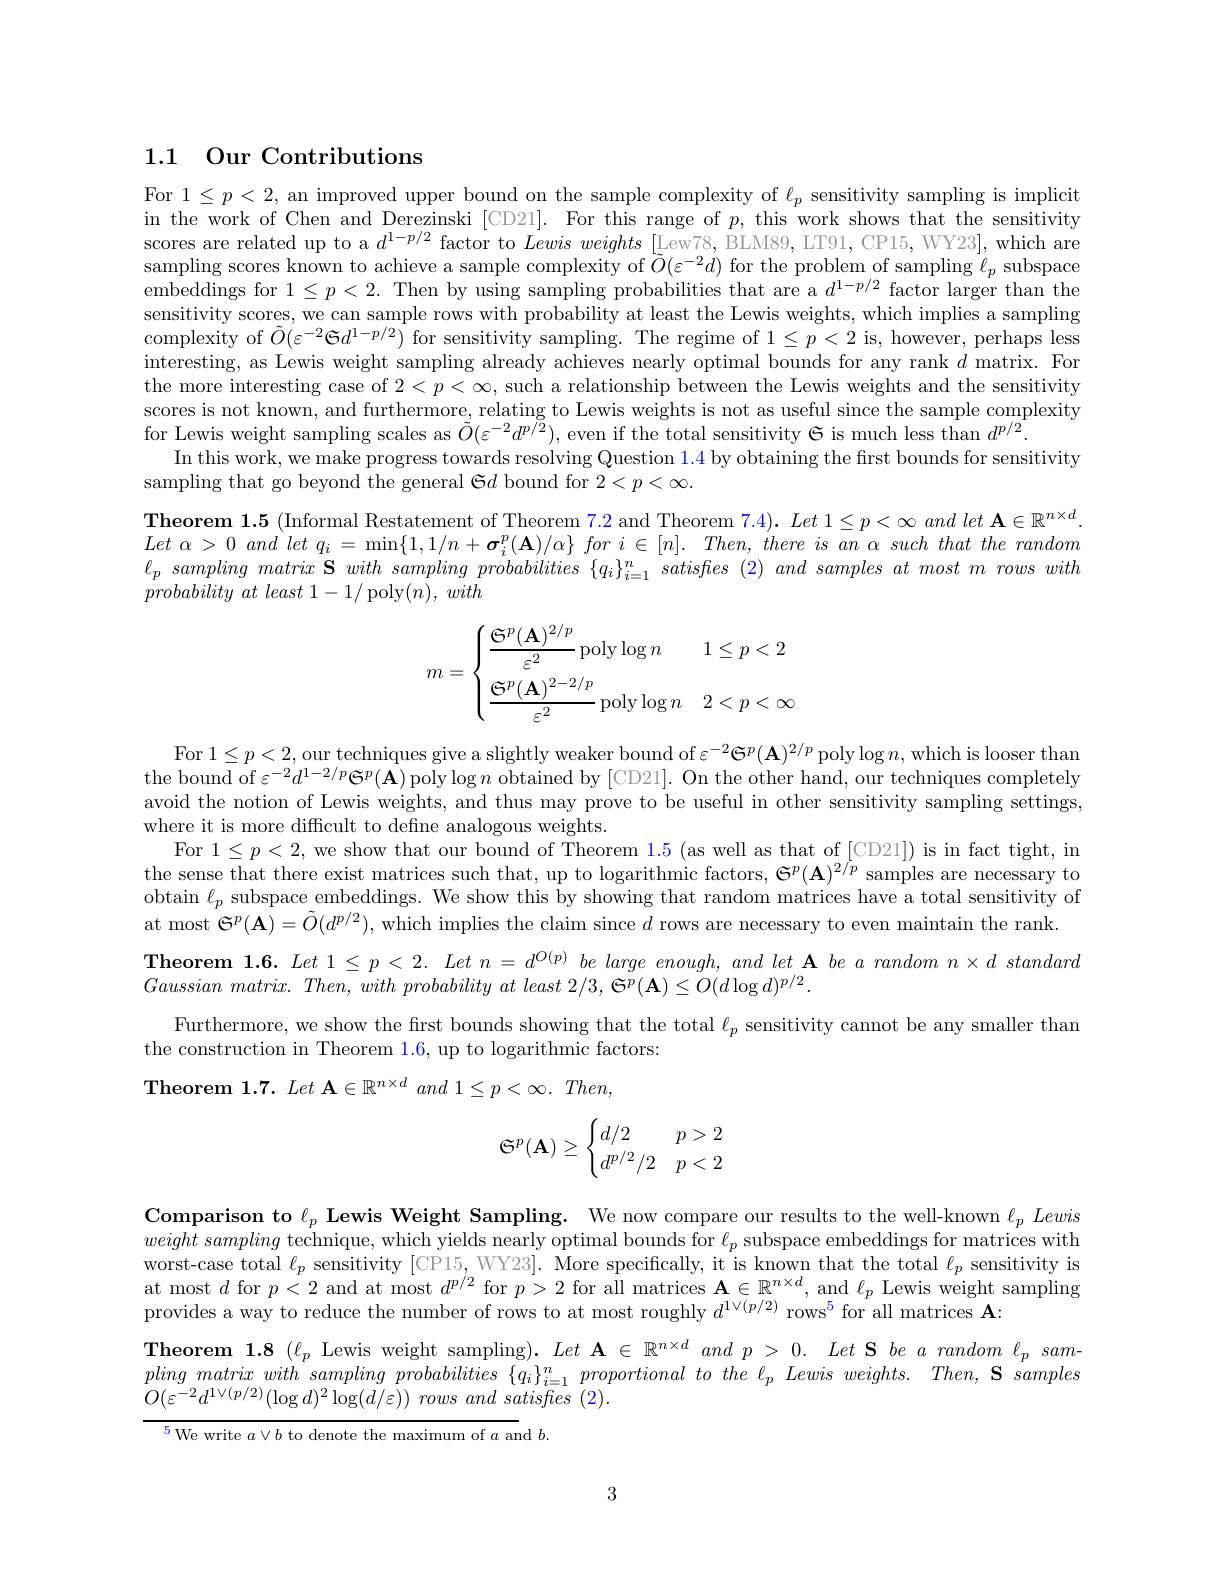
## 1.1 Our Contributions

For $1\leq p<2$, an improved upper bound on the sample complexity of $\ell_p$ sensitivity sampling is implicit in the work of Chen and Derezinski [CD21]. For this range of $p$, this work shows that the sensitivity scores are related up to a $d^{1-p/2}$ factor to Lewisweights [Lew78, BLM89, LT91, CP15, WY23], which are $\begin{aligned}\text{sampling scores known to achieve a sample complexity of }\tilde{O}(\varepsilon^{-2}d)\mathrm{~for~the~problem~of~sampling~}\ell_p\mathrm{~subspace}\end{aligned}$ $\dot{\text{embeddings for }1\leq p<2.\text{ Then by using sampling probabilities that are a }d^{1-p/2}}$ factor larger than the sensitivity scores, we can sample rows with probability at least the Lewis weights, which implies a sampling complexity of $\tilde{O}(\varepsilon^{-2}\mathfrak{G}d^{1-p/2})$ for sensitivity sampling. The regime of $1\leq p<2$ is, however, perhaps less interesting, as Lewis weight sampling already achieves nearly optimal bounds for any rank $d$ matrix. For the more interesting case of $2<p<\infty$, such a relationship between the Lewis weights and the sensitivity scores is not known, and furthermore, relating to Lewis weights is not as useful since the sample complexity for Lewis weight sampling scales as $\tilde{\tilde{O}}(\varepsilon^{-2}d^{p/\bar{2}})$, even if the total sensitivity $\tilde{\Theta}$ is much less than $d^p/2.$
In this work, we make progress towards resolving Question 1.4 by obtaining the frst bounds for sensitivity
sampling that go beyond the general $\mathfrak{G}d$ bound for $2<p<\infty.$
$\textbf{Theorem 1. 5 ( Informal Restatement of Theorem 7. 2 and Theorem 7. 4) . }Let$ $1\leq p< \infty$ and let $\mathbf{A} \in \mathbb{R} ^{n\times d}.$ Let $\alpha > 0$ and let $q_{i}$ = $\min \{ 1, 1/ n+ \boldsymbol{\sigma }_{i}^{p}( \mathbf{A} ) / \alpha \}$ for $i\in [ n] .$ $Then$, there $is$ $an$ $\alpha$ such that the random $\ell _{p}\textit{ sampling matrix S with sampling probabilities }\{ q_{i}\} _{i= 1}^{n}\textit{satisfies }( 2) \textit{ and samples at most m rows with}$ $probability\textit{ at least 1- 1/ poly}( n) , with$
$$m=\begin{cases}\dfrac{\mathfrak{S}^p(\mathbf{A})^{2/p}}{\varepsilon^2}\operatorname{poly}\log n&1\leq p<2\\[2ex]\dfrac{\mathfrak{S}^p(\mathbf{A})^{2-2/p}}{\varepsilon^2}\operatorname{poly}\log n&2<p<\infty\end{cases}$$
For $1\leq p<2$,our techniques give a slightly weaker bound of $\varepsilon^-2\mathbf{S}^{p}(\mathbf{A})^{2/p}$ poly $\log n$,which is looser than the bound of $\varepsilon^-2d^{1-2/p}\Theta^p(\hat{\mathbf{A}})$ poly$\log n$ obtained by [CD21]. On the other hand, our techniques completely avoid the notion of Lewis weights, and thus may prove to be useful in other sensitivity sampling settings where it is more difficult to define analogous weights.
For $1\leq p<2$, we show that our bound of Theorem 1.5(as well as that of [CD21]) is in fact tight, in the sense that there exist matrices such that, up to logarithmic factors, $\mathfrak{G}^p(\mathbf{A})^{2/p}$ samples are necessary to obtain $\ell_p$ subspace embeddings. We show this by showing that random matrices have a total sensitivity of at most $\tilde{\Theta}^p(\mathbf{A})=\tilde{O}(d^{p/2})$, which implies the claim since $\bar d$ rows are necessary to even maintain the rank
Theorem $1. 6. Let1\leq p< 2. Letn= d^{O( p) }be\textit{large enough, and let A be a random n}\times d$ standard
Gaussian $matrix.$ $Then$, with probability $at$ least 2/3, $\mathfrak{S} ^{p}( \mathbf{A} ) \leq O( d\log d) ^{p/ 2}.$
Furthermore, we show the first bounds showing that the total $\ell_p$ sensitivity cannot be any smaller than
the construction in Theorem 1.6, up to logarithmic factors:
Theorem $1. 7. \textit{ Let A}\in \mathbb{R} ^{n\times d}\textit{ and 1}\leq p< \infty . \textit{ Then, }$
$$\mathfrak{S}^p(\mathbf{A})\geq\begin{cases}d/2&p>2\\d^{p/2}/2&p<2\end{cases}$$
Comparison to $\ell_p$ Lewis Weight Sampling. We now compare our results to the well-known $\ell _p\textit{Lewis}$ weightsamplingtechnique, which yields nearly optimal bounds for $\ell _p $subspace embeddings for matrices with worst-case total $\ell_p$ sensitivity [CP15,WY23]. More specifically, it is known that the total $\ell_p$ sensitivity is at most $d$ for $p<2$ and at most $d^p/2$ for $p>2$ for all matrices $\mathbf{A}\in\mathbb{R}^{n\times d}$, and $\ell_p$ Lewis weight sampling provides a way to reduce the number of rows to at most roughly $d^{1\vee(p/2)}$ rows$^5$ for all matrices A:
Theorem 1.8 $(\ell_p$ Lewis weight sampling). $Let\textbf{ A }\in \mathbb{R} ^{n\times d}\textit{and p > 0. Let S be a random l}_p$ sam- $\begin{aligned}pling&matrix&with^{r}sampling&probabilities&\{q_{i}\}_{i=1}^{n}&proportional&to&the&\ell_{p}&Lewis&weights.&Then,\mathbf{S}&samples\\O(-2,1)\lor(n/2)&Q_{i}&C_{i}&G_{i}&P_{i}&D_{i}&C_{i}&C_{i}&C_{i}&C_{i}&C_{i}&C_{i}&C_{i}&C_{i}&C_{i}&C_{i}&C_{i}&C_{i}&C_{i}&C_{i}&C_{i}\end{aligned}$ $O( \varepsilon ^{- 2}d^{1\vee ( p/ 2) }( \log d) ^{2}\log ( d/ \varepsilon ) ) \textit{ rows and satisfies ( 2) }.$

$^{5}$We write $a\vee b$ to denote the maximum of $a$ and $b.$

3